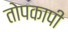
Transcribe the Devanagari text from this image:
तोपकापी